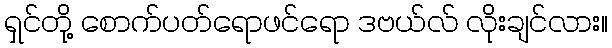
ရှင်တို့ စောက်ပတ်ရောဖင်ရော ဒဗယ်လ် လိုးချင်လား။